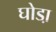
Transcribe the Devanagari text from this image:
घोडा़